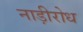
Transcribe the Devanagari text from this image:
नाड़ीरोध